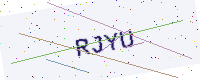
Text: RJYU